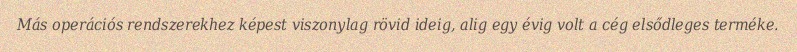
Más operációs rendszerekhez képest viszonylag rövid ideig, alig egy évig volt a cég elsődleges terméke.